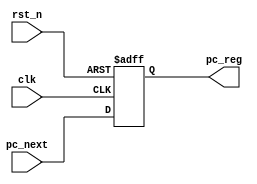
module program_counter #(parameter pc_width=32)(
    input clk,rst_n,
    input [pc_width-1:0]pc_next,
    output reg[pc_width-1:0]pc_reg
);
always @(posedge clk , negedge rst_n ) begin
    if(!rst_n)
    pc_reg<=0;
    else
    pc_reg<=pc_next;
end
endmodule